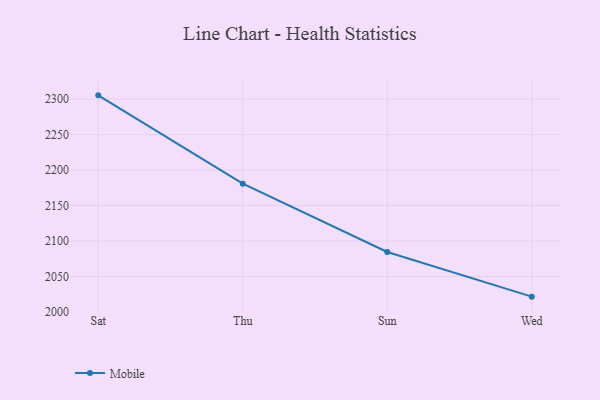
{"axis": {"x": "Day", "y": "Waste Production (Tons)"}, "legend": ["Mobile"], "data": [{"x": "Sat", "y": 2305.4, "type": "Mobile"}, {"x": "Thu", "y": 2180.9, "type": "Mobile"}, {"x": "Sun", "y": 2084.6, "type": "Mobile"}, {"x": "Wed", "y": 2021.6, "type": "Mobile"}]}